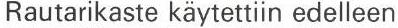
Rautarikaste käytettiin edelleen